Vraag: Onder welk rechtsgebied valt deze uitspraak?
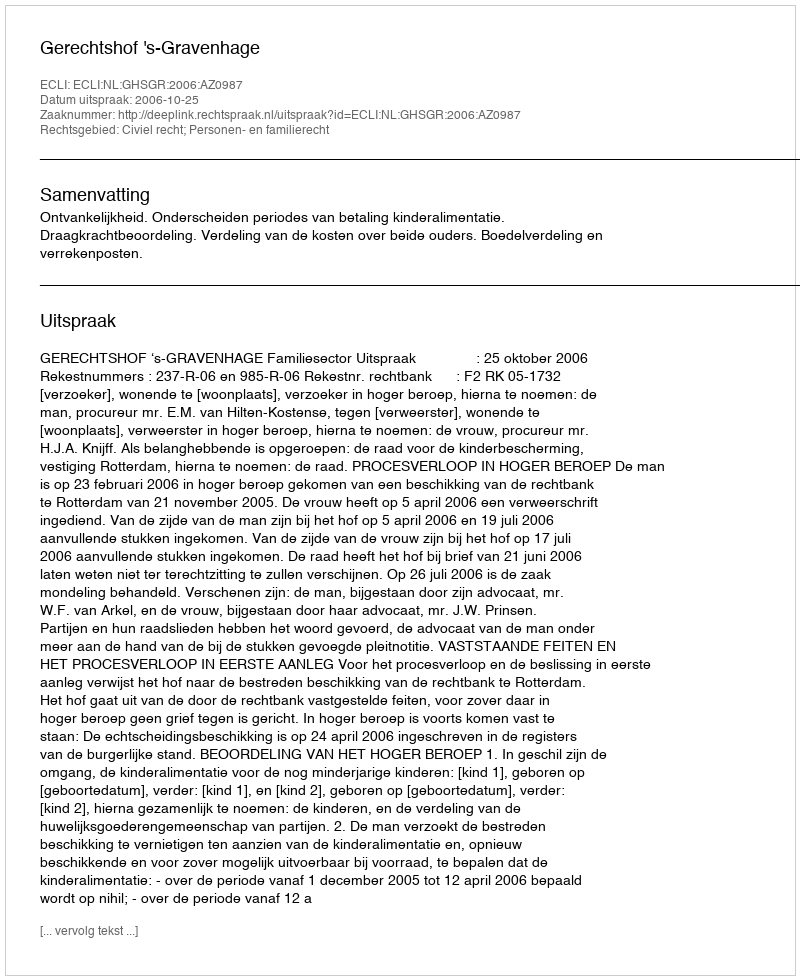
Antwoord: Civiel recht; Personen- en familierecht